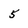
Character: 5